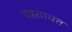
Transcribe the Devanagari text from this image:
बहतायत